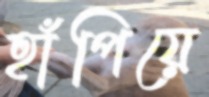
হাঁপিয়ে